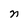
Character: n